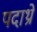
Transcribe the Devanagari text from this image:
पदाथ्रो